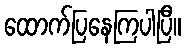
ထောက်ပြနေကြပါပြီ။